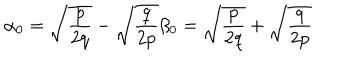
\alpha _ { 0 } = \sqrt { { \frac { p } { 2 q } } } - \sqrt { { \frac { q } { 2 p } } } \beta _ { 0 } = \sqrt { { \frac { p } { 2 q } } } + \sqrt { { \frac { q } { 2 p } } }